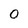
Character: 0